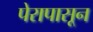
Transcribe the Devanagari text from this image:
पेरापासून